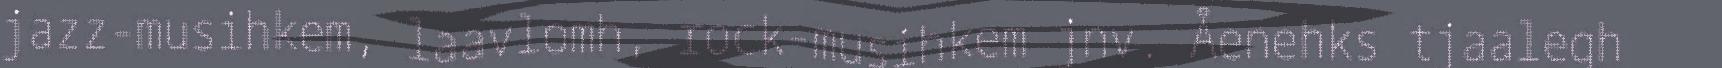
jazz-musihkem, laavlomh, rock-musihkem jnv. Åenehks tjaalegh